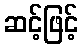
ဆင့်ဖြင့်